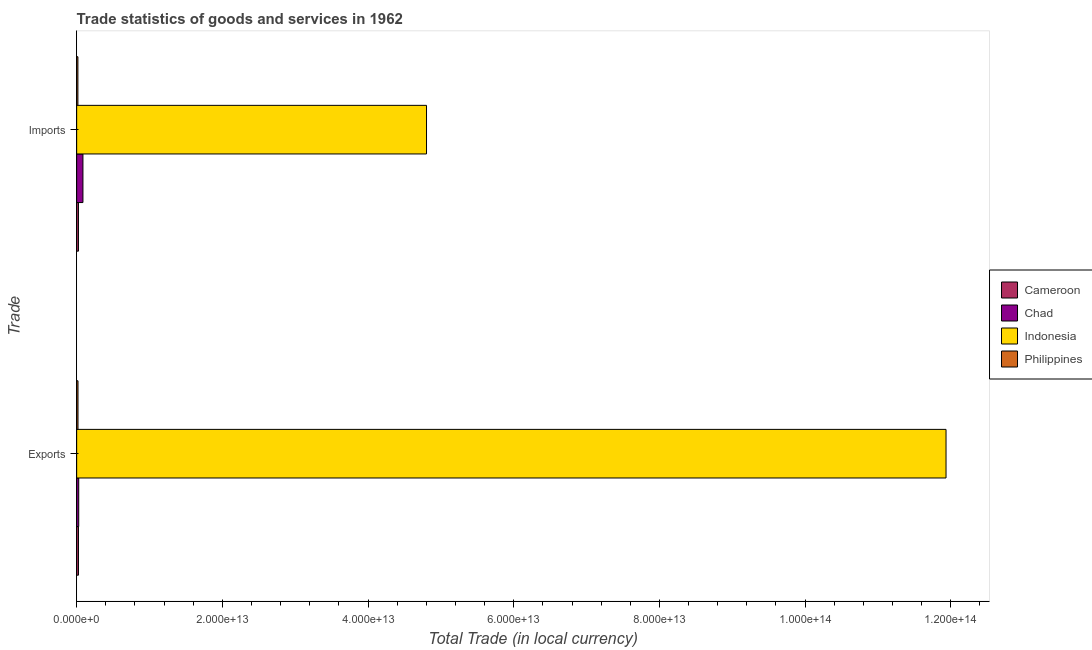
| Trade | Cameroon | Chad | Indonesia | Philippines |
 | --- | --- | --- | --- | --- |
 | Exports | 2.48e+11 | 2.82e+11 | 1.19e+14 | 1.85e+11 |
 | Imports | 2.46e+11 | 8.62e+11 | 4.8e+13 | 1.71e+11 |